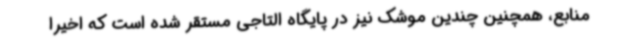
منابع، همچنین چندین موشک نیز در پایگاه التاجی مستقر شده است که اخیرا